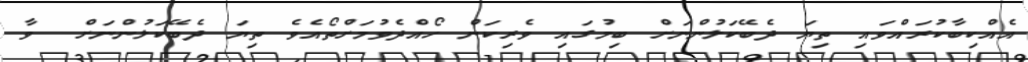
އެއްކިބާކުރައްވައި ތިޔަ ދެބޭކަލުންނަށް ބިމުގައި ވެރިކަން ހޯއްދެވުމަށްތޯއެވެ ތިޔަ ދެބޭކަލުންނަށް  ވާ